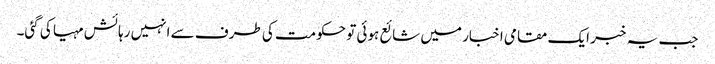
جب یہ خبر ایک مقامی اخبار میں شائع ہوئی تو حکومت کی طرف سے انہیں رہائش مہیا کی گئی۔